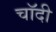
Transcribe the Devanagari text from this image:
चाॅदी